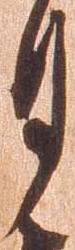
月